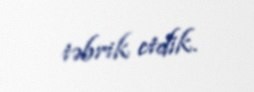
təbrik etdik.